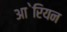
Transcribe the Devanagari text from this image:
आ॓रियन